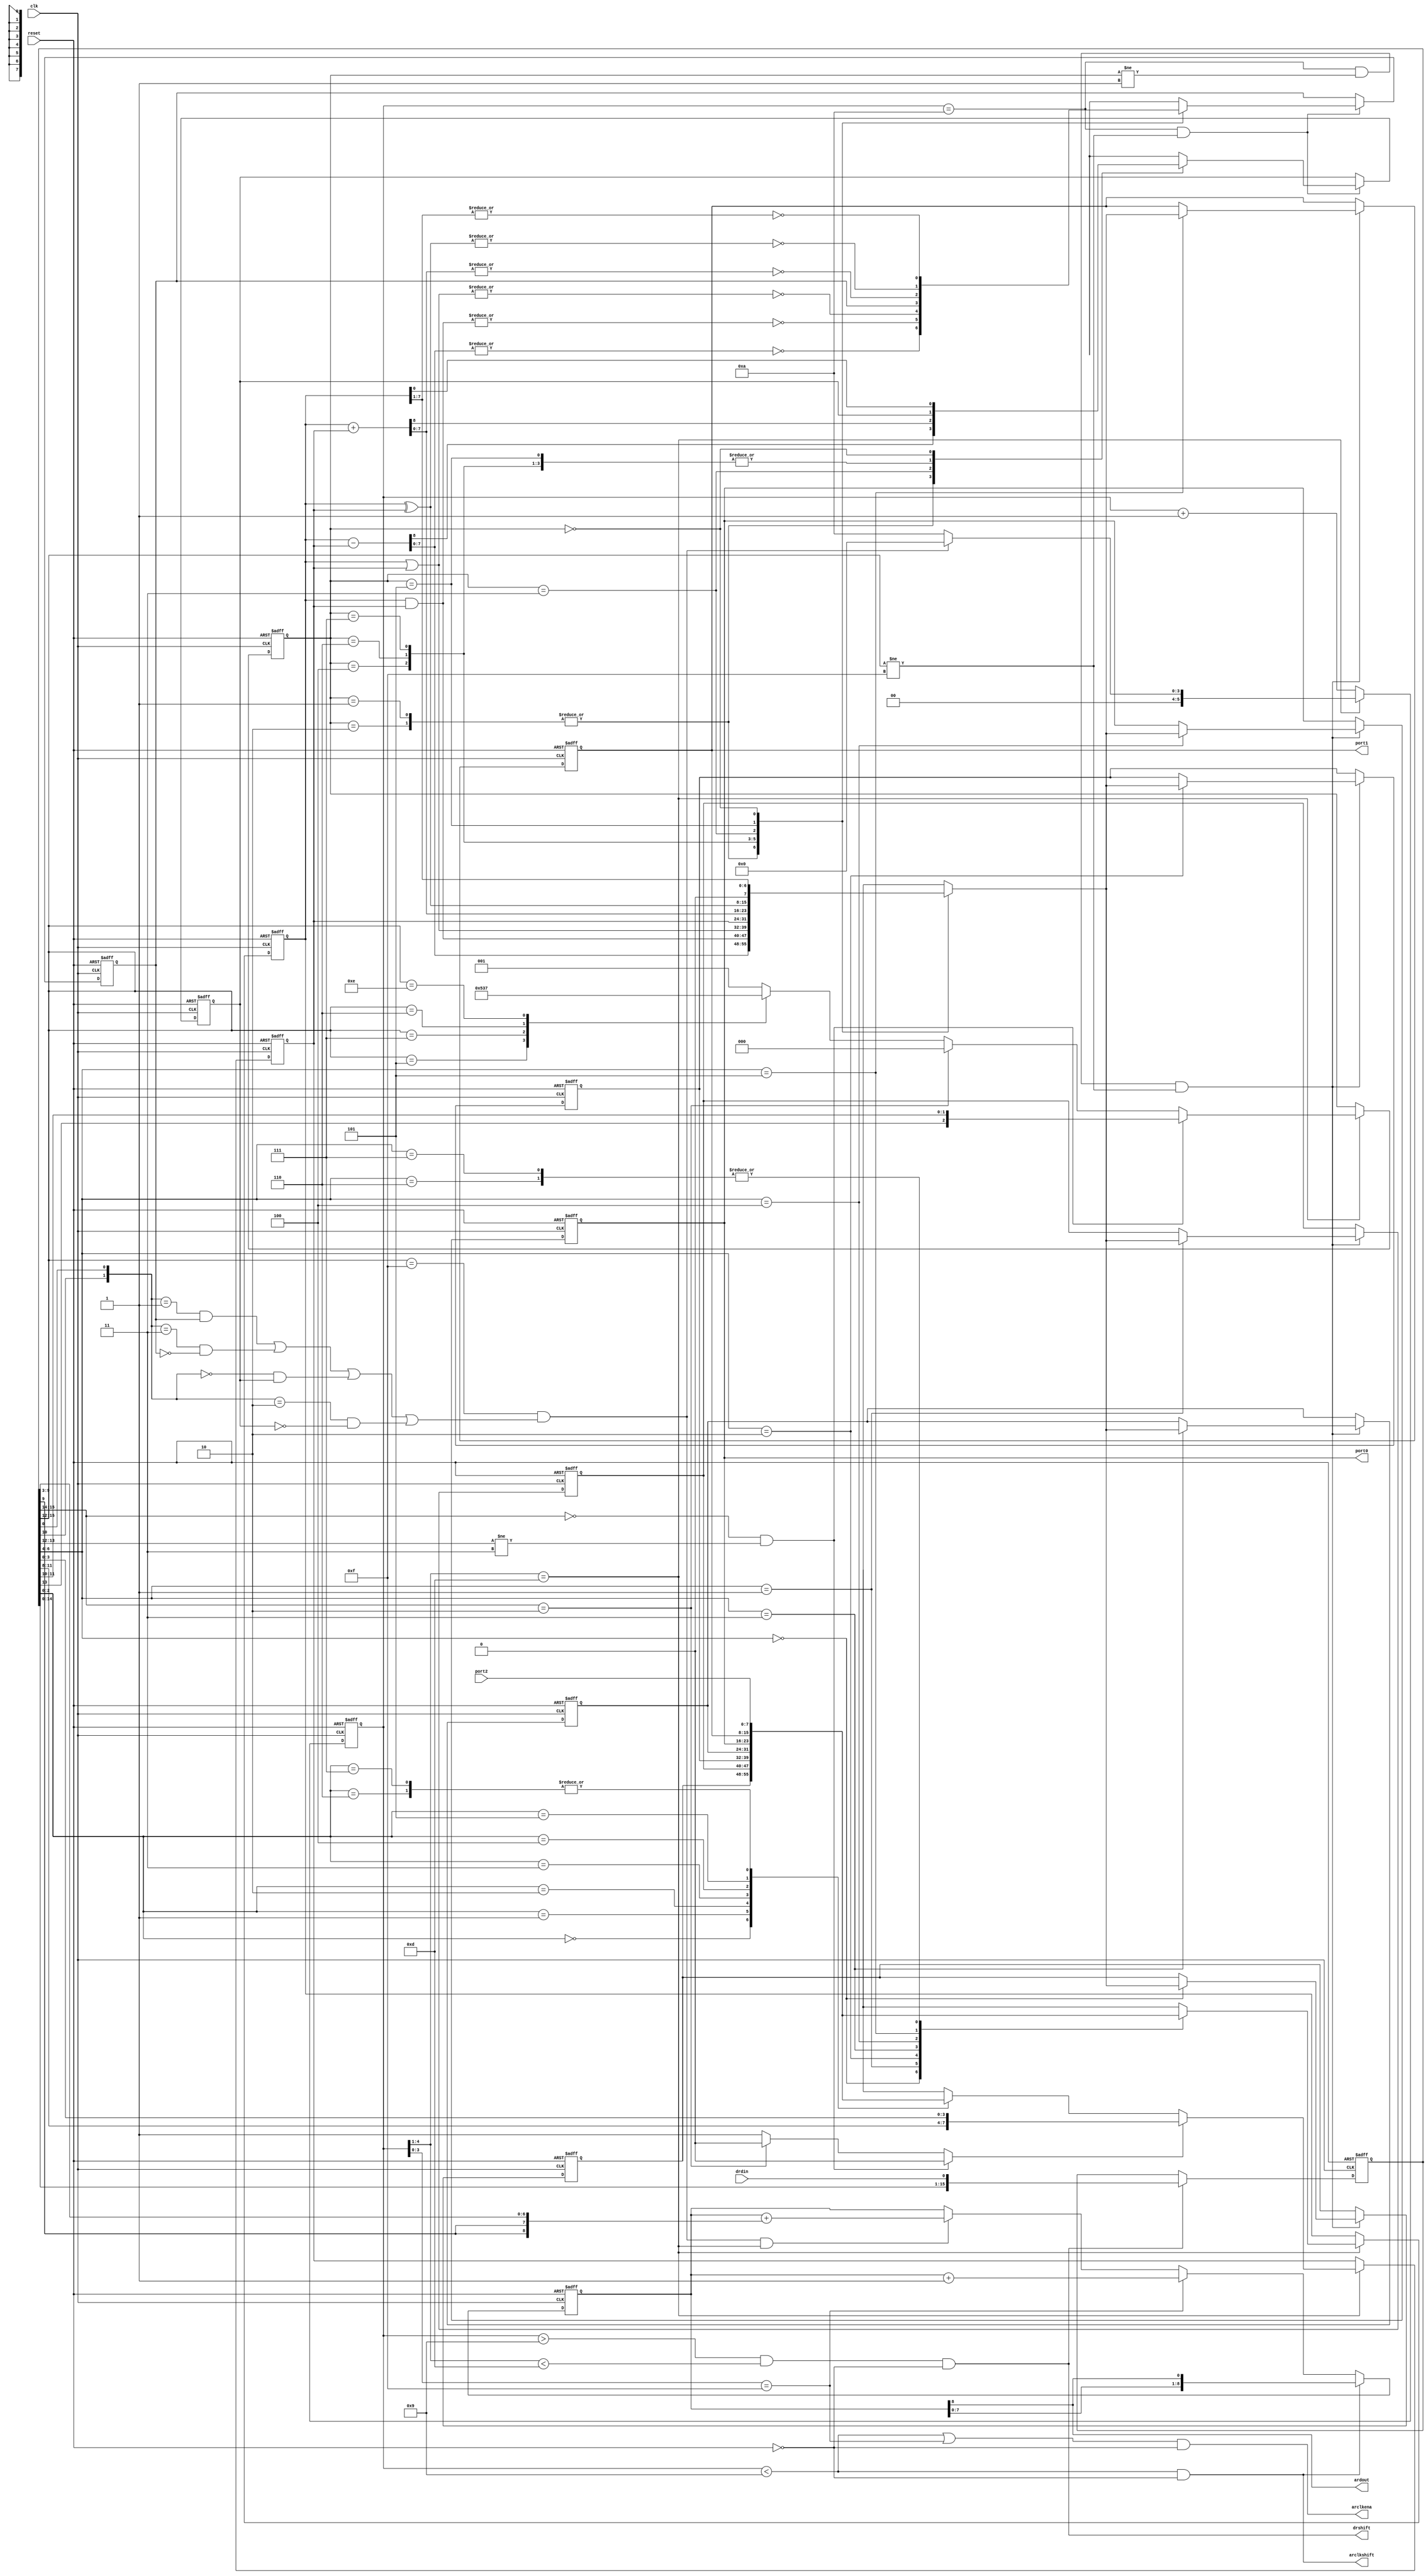
module rAVR(
	input wire reset,
	input wire clk,

	//UFM (User Flash Memory) interface
	//    UFM,     MAX2
	//  - ,       

	//address
	//   UFM
	output wire arclkena,
	output wire arclkshift,
	output wire ardout,

	//data
	//      UFM
	input  wire drdin,
	output wire drshift,

	//interface to PIO ports
	//,     -   
	output reg  [7:0]port0, //typically connect to LEDs
							//,   ,   8 
	output reg  [7:0]port1, //typically attached to motors
							//,   ,    
	input  wire [7:0]port2  //connect to Buttons and other inputs
							//,   ,     
);

//opcode read from UFM
//  ,    UFM
reg [15:0]opcode;

//instruction pointer
//       
reg [8:0]ip;

//four common purpose registers
//   
reg [7:0]register[3:0];

//ALU operands
//,      
reg [7:0]alu_operand0;
reg [7:0]alu_operand1;
reg [2:0]alu_cmd;

reg [2:0]sel_cmd;
reg [7:0]alu_result;

//   
reg flag_z;
reg flag_c;
 
reg flag_z_fixed;
reg flag_c_fixed;

// ""      
reg sel_imm;
wire [7:0]immediate; assign immediate = { opcode[11:8],opcode[3:0] };

//get operand from register pool according to opcode source register index
//  
wire [2:0]src_reg_idx;  assign src_reg_idx = opcode[2:0];
reg [7:0]source_val;
always @*
begin
	case(src_reg_idx)
	0: source_val = register[0];
	1: source_val = register[1];
	2: source_val = register[2];
	3: source_val = register[3];
	4: source_val = port0;
	5: source_val = port1;
	6: source_val = port2;
	7: source_val = port2;
	endcase
end

//get operand from register pool according to opcode destination register index
//  
wire [2:0]dest_reg_idx; assign dest_reg_idx = opcode[6:4];
reg [7:0]dest_val;
always @*
begin
	case(dest_reg_idx)
	0: dest_val = register[0];
	1: dest_val = register[1];
	2: dest_val = register[2];
	3: dest_val = register[3];
	4: dest_val = port0;
	5: dest_val = port1;
	6: dest_val = port2;
	7: dest_val = port2;
	endcase
end

//   ALU (- )
parameter CMD_LSR = 3'b000;
parameter CMD_CP  = 3'b001;
parameter CMD_SUB = 3'b010;
parameter CMD_ADD = 3'b011;
parameter CMD_AND = 3'b100;
parameter CMD_EOR = 3'b101;
parameter CMD_OR  = 3'b110;
parameter CMD_MOV = 3'b111;

//decode fetched operation
//select operands and unify commands (i.e. CP and CPI are similar, SUB and SUBI are similar etc..)
//         
//:  SUBI -   SUB
//!   / !
//    !
always @*
begin
	if( (opcode[15:14]==2'b00) && (opcode[13:12]!=2'b11) )
	begin
		sel_imm = 1'b0;
		sel_cmd = {opcode[13],opcode[11:10]};
	end
	else
	if(opcode[15:14]==2'b10)
	begin
		sel_imm = 1'b0;
		sel_cmd = 3'b000;
	end
	else
	begin
		sel_imm = 1'b1;
		case(opcode[15:12])
		4'b0101: sel_cmd = CMD_SUB;
		4'b0111: sel_cmd = CMD_AND;
		4'b0110: sel_cmd = CMD_OR;
		4'b0011: sel_cmd = CMD_CP;
		4'b1110: sel_cmd = CMD_MOV;
		default: sel_cmd = CMD_CP;
		endcase
	end
end

//fix decoded command
//   
always @(posedge clk or posedge reset)
begin
	if(reset)
	begin
		alu_operand0 <= 0;
		alu_operand1 <= 0;
		alu_cmd <= 0;
	end
	else
	begin
		if(opcode_ready)
		begin
			alu_operand0 <= dest_val;
			
			if(sel_imm)
				alu_operand1 <= immediate;
			else
				alu_operand1 <= source_val;
				
			alu_cmd <= sel_cmd;
		end
	end
end

//ALU
//- 
always @*
begin
	case(alu_cmd)
		CMD_CP,
		CMD_SUB: 
			begin
				{ flag_c, alu_result } = alu_operand0 - alu_operand1; 
				flag_z = ~(|alu_result); 
			end
		CMD_AND: 
			begin
				alu_result = alu_operand0 & alu_operand1;
				flag_z = ~(|alu_result);
				flag_c = flag_c_fixed; //flag C not changed
			end
		CMD_OR:
			begin
				alu_result = alu_operand0 | alu_operand1;
				flag_z = ~(|alu_result);
				flag_c = flag_c_fixed; //flag C not changed
			end
		CMD_MOV:
			begin
				alu_result = alu_operand1;
				flag_c = flag_c_fixed;
				flag_z = flag_z_fixed;
			end
		CMD_ADD:
			begin
				{ flag_c, alu_result } = alu_operand0 + alu_operand1;
				flag_z = ~(|alu_result);
			end
		CMD_EOR:
			begin
				alu_result = alu_operand0 ^ alu_operand1;
				flag_c = flag_c_fixed; //flag C not changed
				flag_z = ~(|alu_result);
			end
		CMD_LSR:
			begin
				alu_result = alu_operand0 >>  1;
				flag_c = alu_operand0[0];
				flag_z = ~(|alu_result);
			end
		endcase
end

//   ALU  -
always @(posedge clk or posedge reset)
begin
	if(reset)
	begin
		//reset registers and flags
		flag_z_fixed <= 1'b0;
		flag_c_fixed <= 1'b0;
		
		register[0] <= 0;
		register[1] <= 0;
		register[2] <= 0;
		register[3] <= 0;
		
		port0 <= 0;
		port1 <= 0;
	end
	else
	begin
		//fix result only if command not a CP and not BRANCH
		//      CP   
		if( fix_result & (alu_cmd != CMD_CP)  & (opcode[15:12]!=4'b1111) )
		begin
			case(dest_reg_idx)
			0: register[0] <= alu_result;
			1: register[1] <= alu_result;
			2: register[2] <= alu_result;
			3: register[3] <= alu_result;
			4: port0 <= alu_result;
			5: port1 <= alu_result;
			endcase
		end

		//fix alu flags always except BRANCH
		//    ,  
		if( fix_result & (opcode[15:12]!=4'b1111) )
		begin
			flag_z_fixed <= flag_z;
			flag_c_fixed <= flag_c;
		end
	end
end

//   
wire [1:0]branch_id;
assign branch_id = {opcode[10],opcode[0]};

wire need_jump;
assign need_jump = ( opcode[15:12]==4'b1111 ) & 
				(((branch_id==2'b01) & flag_z_fixed ) |
				( (branch_id==2'b11) & (~flag_z_fixed) ) |
				( (branch_id==2'b00) & flag_c_fixed ) |
				( (branch_id==2'b10) & (~flag_c_fixed) ));

//       UFM
always @(posedge clk or posedge reset)
begin
	if(reset)
	begin
		ip <= 0;
	end
	else
	begin
		if(arclkshift)
		begin
			//  
			ip <= {ip[7:0],ip[8]};
		end
		else
		if(addr_inc)
		begin
			//go next instruction
			//   
			ip <= ip + 1'b1;
		end
		else
		begin
			//fix instruction pointer
			//jump on condition
			//    
			if( need_jump & opcode_ready )
				ip <= ip + {opcode[9],opcode[9],opcode[9:3]};
		end
	end
end

//UFM (User Flash Memory) reading process
//   ,     
reg [5:0]ufm_counter;

assign arclkena   = ((ufm_counter<9) | addr_inc) & (~reset);
assign arclkshift = (ufm_counter<9)  & (~reset);
assign ardout = ip[8];
assign drshift    = (ufm_counter>9) & (ufm_counter[4:1]<13) & (~reset);
wire opcode_ready; assign opcode_ready = (ufm_counter[4:1]==13);
wire addr_inc; assign addr_inc = (ufm_counter[3:0]==15);

wire fix_result; assign fix_result = (ufm_counter==10);

//count UFM read states
//      UFM
always @(posedge clk or posedge reset)
begin
	if(reset)
		ufm_counter <= 0;
	else
	begin
		if(opcode_ready)
		begin
			if(need_jump)
				ufm_counter <= 0;
			else
				ufm_counter <= 10;
		end
		else
			ufm_counter <= ufm_counter + 1'b1;
	end
end

//Shift IN data from serial flash of UFM
//      UFM
always @(posedge clk or posedge reset)
begin
	if(reset)
		opcode <= 0;
	else
	begin
		if(drshift)
			opcode <= {opcode[14:0],drdin};
	end
end

endmodule